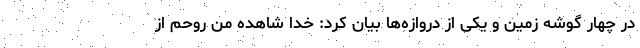
در چهار گوشه زمین و یکی از دروازه‌ها بیان کرد: خدا شاهده من روحم از